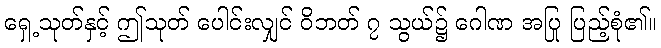
ရှေ့သုတ်နှင့် ဤသုတ် ပေါင်းလျှင် ဝိဘတ် ၇ သွယ်၌ ဂေါဏ အပြု ပြည့်စုံ၏။